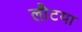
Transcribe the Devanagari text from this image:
लौटया